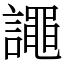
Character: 譝